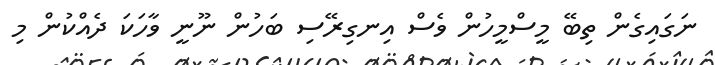
ނަގައިގެން ތިބޭ މީސްމީހުން ވެސް އިނގިރޭސި ބަހުން ނޫނީ ވާހަކަ ދެއްކުން މި